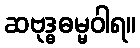
ဆဗုဒ္ဓဓမ္မဝါရ။